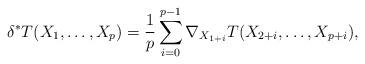
LaTeX: \begin{align*}\delta^*T(X_1,\ldots,X_p)=\frac{1}{p}\sum_{i=0}^{p-1}\nabla_{X_{1+i}}T(X_{2+i},\ldots,X_{p+i}),\end{align*}